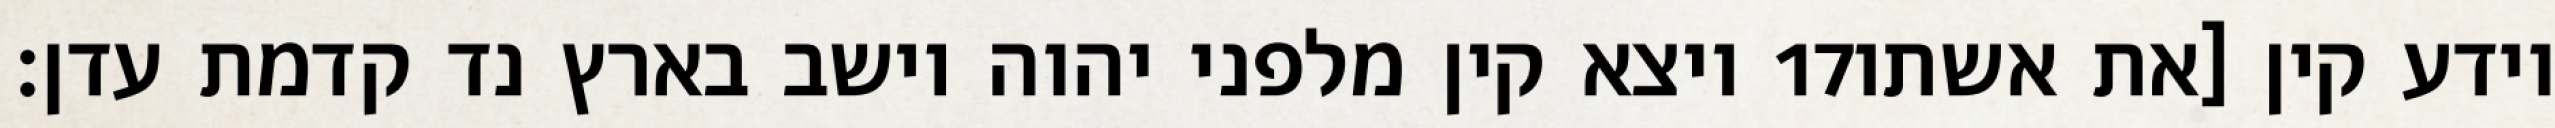
ויצא קין מלפני יהוה וישב בארץ נד קדמת עדן׃ ‎17‏ וידע קין [את אשתו